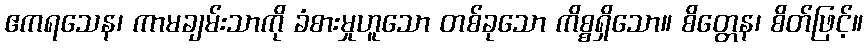
ဧကရသေန၊ ကာမချမ်းသာကို ခံစားမှုဟူသော တစ်ခုသော ကိစ္စရှိသော။ စိတ္တေန၊ စိတ်ဖြင့်။